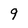
Character: q